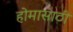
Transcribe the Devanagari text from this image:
होमासाठी